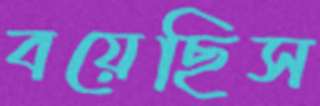
বয়েছিস